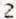
2